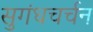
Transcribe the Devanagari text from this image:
सुगंधचर्चन